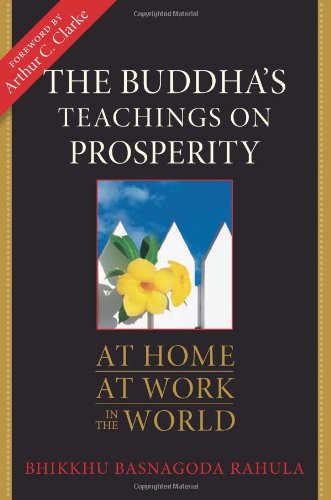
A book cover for The Buddha's Teachings on Prosperity: At Home, At Work, in the World; Bhikkhu Basnagoda Rahula; Religion & Spirituality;